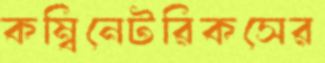
কম্বিনেটরিকসের